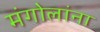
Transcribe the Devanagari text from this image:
मंगोलांना